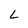
Character: L